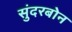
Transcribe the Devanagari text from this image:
सुंदरबोन